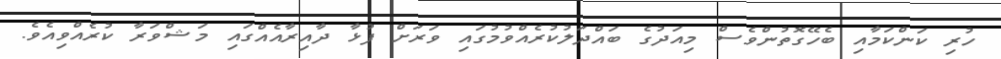
ހުރި ކަންކަމާއި ބެހޭގޮތުންވެސް މިއަދުގެ ބައްދަލުކުރެއްވުމުގައި ވަރަށް ފުޅާ ދާއިރާއެއްގައި މަޝްވަރާ ކުރެއްވިއެވެ.